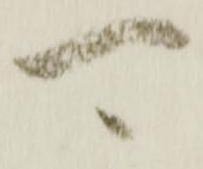
可